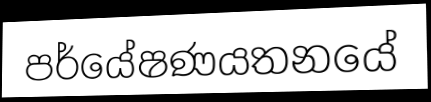
පර්යේෂණයතනයේ